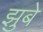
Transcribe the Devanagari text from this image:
झुबे